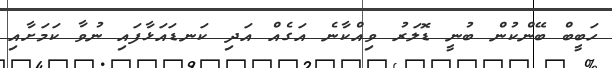
ހަބީބް ބޭންކުން ބުނީ ޑޮލަރު ވިއްކާނެ އަގެއް އަދި ކަނޑައަޅާފައި ނުވާ ކަމަށާއި